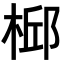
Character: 𣔆